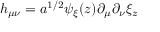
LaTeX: h _ { \mu \nu } = a ^ { 1 / 2 } \psi _ { \xi } ( z ) \partial _ { \mu } \partial _ { \nu } \xi _ { z }